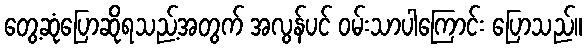
တွေ့ဆုံပြောဆိုရသည့်အတွက် အလွန်ပင် ဝမ်းသာပါကြောင်း ပြောသည်။